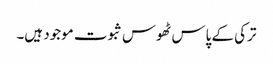
ترکی کے پاس ٹھوس ثبوت موجود ہیں۔